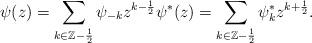
LaTeX: \begin{align*}\psi(z) = \sum_{k \in \mathbb{Z}-\frac{1}{2}} \psi_{-k} z^{k-\frac{1}{2}} &\psi^*(z) = \sum_{k \in \mathbb{Z}-\frac{1}{2}} \psi_{k}^* z^{k+\frac{1}{2}}.\end{align*}